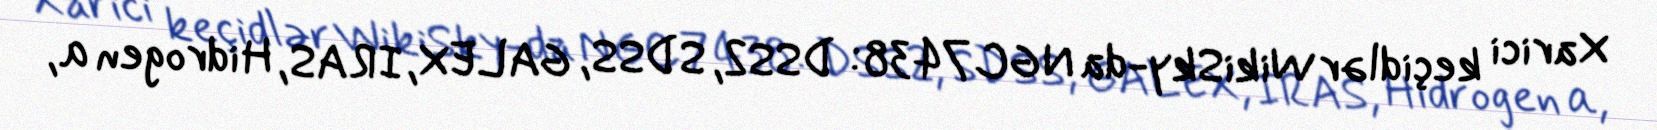
Xarici keçidlər WikiSky-da NGC 7438: DSS2, SDSS, GALEX, IRAS, Hidrogen α,